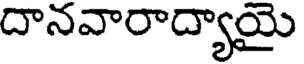
దానవారాద్యాయై